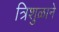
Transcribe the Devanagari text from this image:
त्रिशुळाने